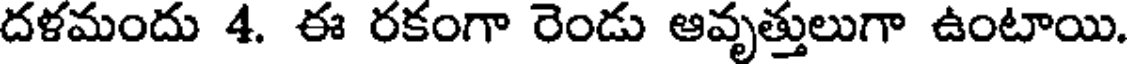
దళమందు 4. ఈ రకంగా రెండు ఆవృత్తులుగా ఉంటాయి.